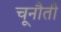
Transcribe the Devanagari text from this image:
चूनौती